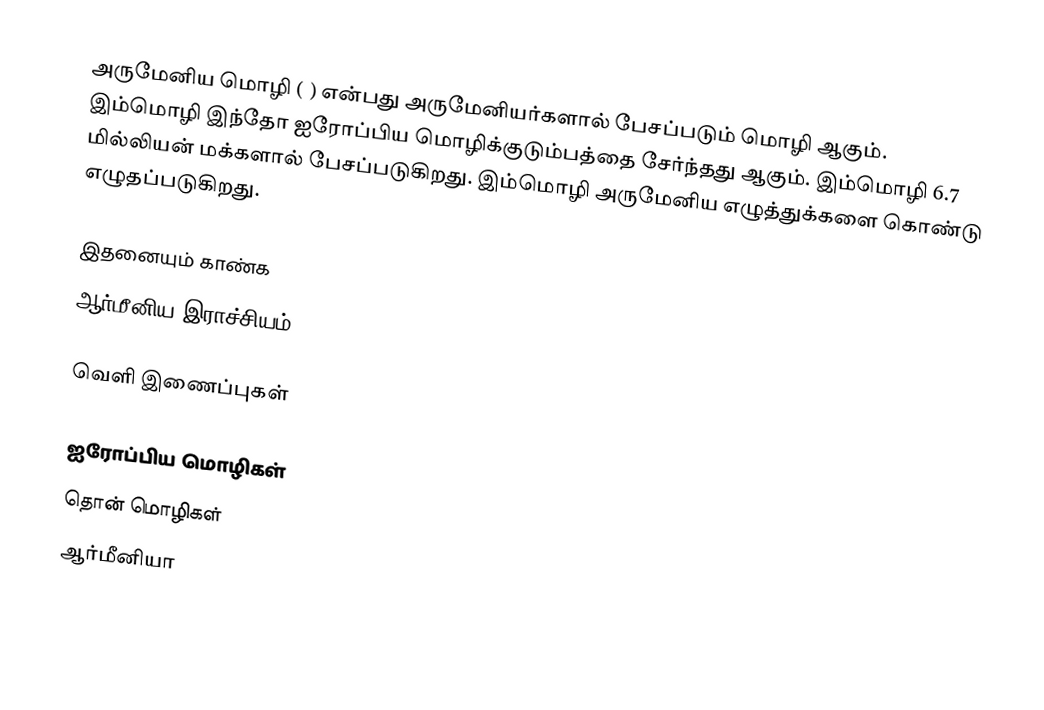
அருமேனிய மொழி (  ) என்பது அருமேனியர்களால் பேசப்படும் மொழி ஆகும். இம்மொழி இந்தோ ஐரோப்பிய மொழிக்குடும்பத்தை சேர்ந்தது ஆகும். இம்மொழி 6.7 மில்லியன் மக்களால் பேசப்படுகிறது. இம்மொழி அருமேனிய எழுத்துக்களை கொண்டு எழுதப்படுகிறது.

இதனையும் காண்க
 ஆர்மீனிய இராச்சியம்

வெளி இணைப்புகள்

ஐரோப்பிய மொழிகள்
தொன் மொழிகள்
ஆர்மீனியா